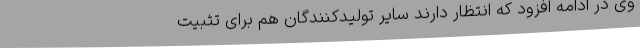
وی در ادامه افزود که انتظار دارند سایر تولیدکنندگان هم برای تثبیت